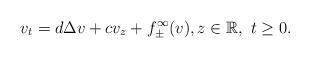
LaTeX: \begin{align*}v_t=d \Delta v +cv_z+f_{\pm}^{\infty}(v), z\in\mathbb{R}, \, \, t\ge 0.\end{align*}